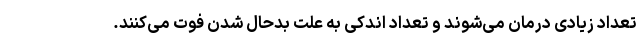
تعداد زیادی درمان می‌شوند و تعداد اندکی به علت بدحال شدن فوت می‌کنند.